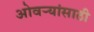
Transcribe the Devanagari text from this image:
ओवर्‍यांसाठी